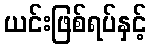
ယင်းဖြစ်ရပ်နှင့်